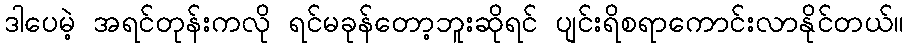
ဒါပေမဲ့ အရင်တုန်းကလို ရင်မခုန်တော့ဘူးဆိုရင် ပျင်းရိစရာကောင်းလာနိုင်တယ်။